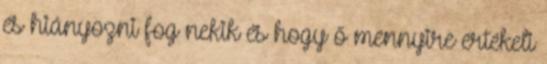
és hiányozni fog nekik és hogy ő mennyire értékeli